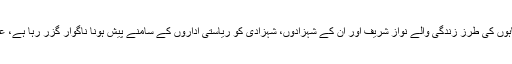
مغل بادشاہوں کی طرزِ زندگی والے نواز شریف اور ان کے شہزادوں، شہزادی کو ریاستی اداروں کے سامنے پیش ہونا ناگوار گزر رہا ہے، عمران خان